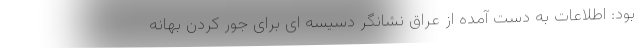
بود: اطلاعات به دست آمده از عراق نشانگر دسیسه ای برای جور کردن بهانه